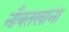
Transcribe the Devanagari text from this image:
नौबतखाना